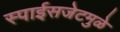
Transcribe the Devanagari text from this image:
स्पाईसजेटमुळे